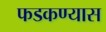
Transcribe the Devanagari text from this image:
फडकण्यास